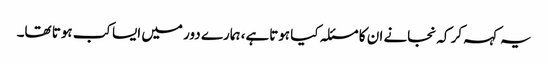
یہ کہہ کر کہ نجانے ان کا مسئلہ کیا ہوتاہے، ہمارے دور میں ایسا کب ہوتا تھا۔